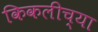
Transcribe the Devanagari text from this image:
किकलीच्या